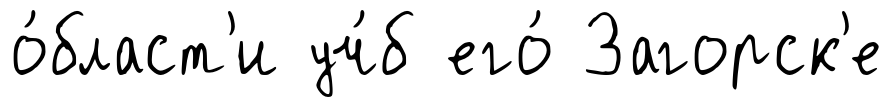
о́бласт'и уч́б его́ Загорск'е